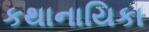
કથાનાયિકા